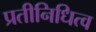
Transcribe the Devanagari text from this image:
प्रतीनिधित्व